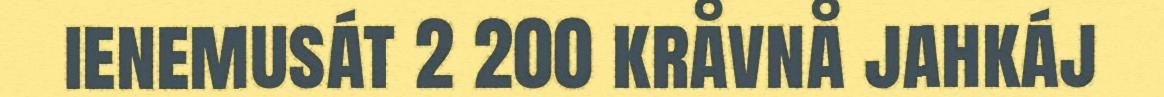
ienemusát 2 200 kråvnå jahkáj